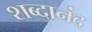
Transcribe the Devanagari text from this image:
शब्दानंद